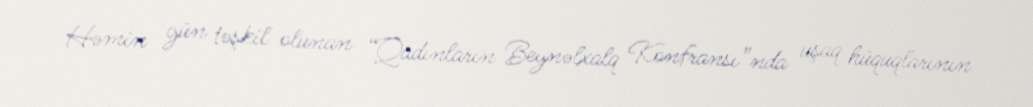
Həmin gün təşkil olunan “Qadınların Beynəlxalq Konfransı”nda uşaq hüquqlarının